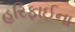
હરિફાઈના